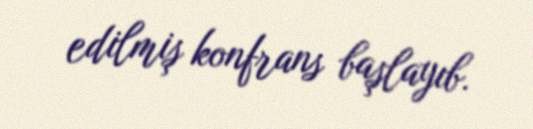
edilmiş konfrans başlayıb.